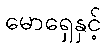
မောရှေနှင့်